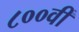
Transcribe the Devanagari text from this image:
८००वीं